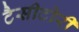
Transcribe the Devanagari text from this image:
टैसीटोरी